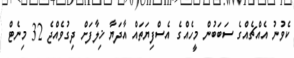
ކެވުނު އެއްޗެއްގެ ސަބަބުން މީހެއްގެ އެސްފިޔަތައް އާދަޔާ ޚިލާފަށް ދިގުވެއްޖެ 32 މިނެޓް